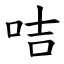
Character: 咭